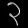
Digit: ၃